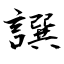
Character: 譔